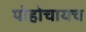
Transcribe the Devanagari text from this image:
पोहोचायच